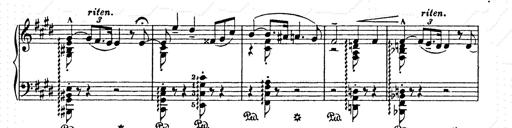
Title: AnnÃ©es de pÃ¨lerinage II
Composer: Franz Liszt